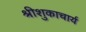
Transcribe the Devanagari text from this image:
श्रीशुकाचार्य